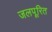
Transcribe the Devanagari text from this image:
जलपूरित